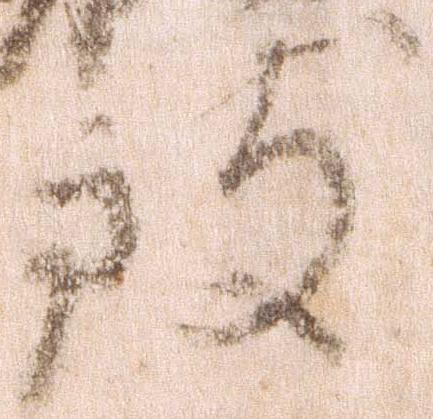
致